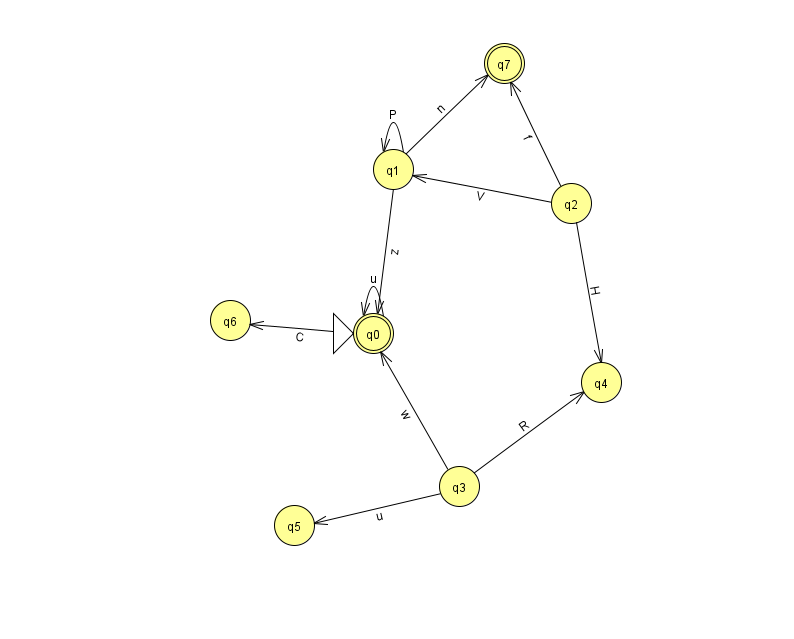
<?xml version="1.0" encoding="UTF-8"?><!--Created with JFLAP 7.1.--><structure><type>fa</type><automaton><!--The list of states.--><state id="0" name="q0"><x>373.0</x><y>320.0</y><initial/><final/></state><state id="1" name="q1"><x>393.0</x><y>156.0</y></state><state id="2" name="q2"><x>571.0</x><y>190.0</y></state><state id="3" name="q3"><x>459.0</x><y>473.0</y></state><state id="4" name="q4"><x>601.0</x><y>369.0</y></state><state id="5" name="q5"><x>294.0</x><y>512.0</y></state><state id="6" name="q6"><x>230.0</x><y>307.0</y></state><state id="7" name="q7"><x>504.0</x><y>50.0</y><final/></state><!--The list of transitions.--><transition><from>1</from><to>1</to><read>P</read></transition><transition><from>1</from><to>7</to><read>n</read></transition><transition><from>3</from><to>0</to><read>w</read></transition><transition><from>2</from><to>1</to><read>V</read></transition><transition><from>0</from><to>0</to><read>u</read></transition><transition><from>1</from><to>0</to><read>z</read></transition><transition><from>2</from><to>4</to><read>H</read></transition><transition><from>3</from><to>4</to><read>R</read></transition><transition><from>3</from><to>5</to><read>u</read></transition><transition><from>0</from><to>6</to><read>C</read></transition><transition><from>2</from><to>7</to><read>f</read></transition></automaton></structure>